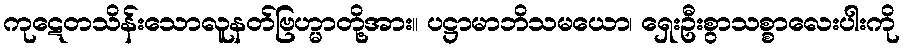
ကုဋေတသိန်းသောလူနတ်ဗြဟ္မာတို့အား။ ပဋ္ဌာမာဘိသမယော၊ ရှေးဦးစွာသစ္စာလေးပါးကို